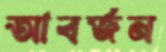
আবর্জন